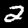
Label: 2